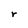
Character: r